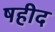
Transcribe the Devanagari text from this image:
षहीद